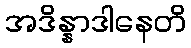
အဒိန္နာဒါနေတိ